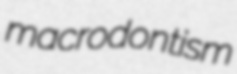
macrodontism